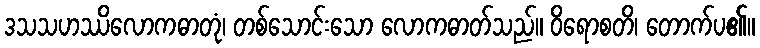
ဒသသဟဿိလောကဓာတုံ၊ တစ်သောင်းသော လောကဓာတ်သည်။ ဝိရောစတိ၊ တောက်ပ၏။